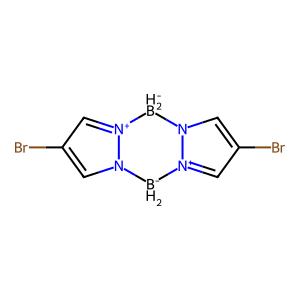
SMILES: Brc1cn2[n+](c1)[BH2-]n1cc(Br)c[n+]1[BH2-]2
Inhibits HIV replication: No